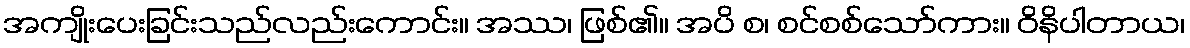
အကျိုးပေးခြင်းသည်လည်းကောင်း။ အဿ၊ ဖြစ်၏။ အပိ စ၊ စင်စစ်သော်ကား။ ဝိနိပါတာယ၊